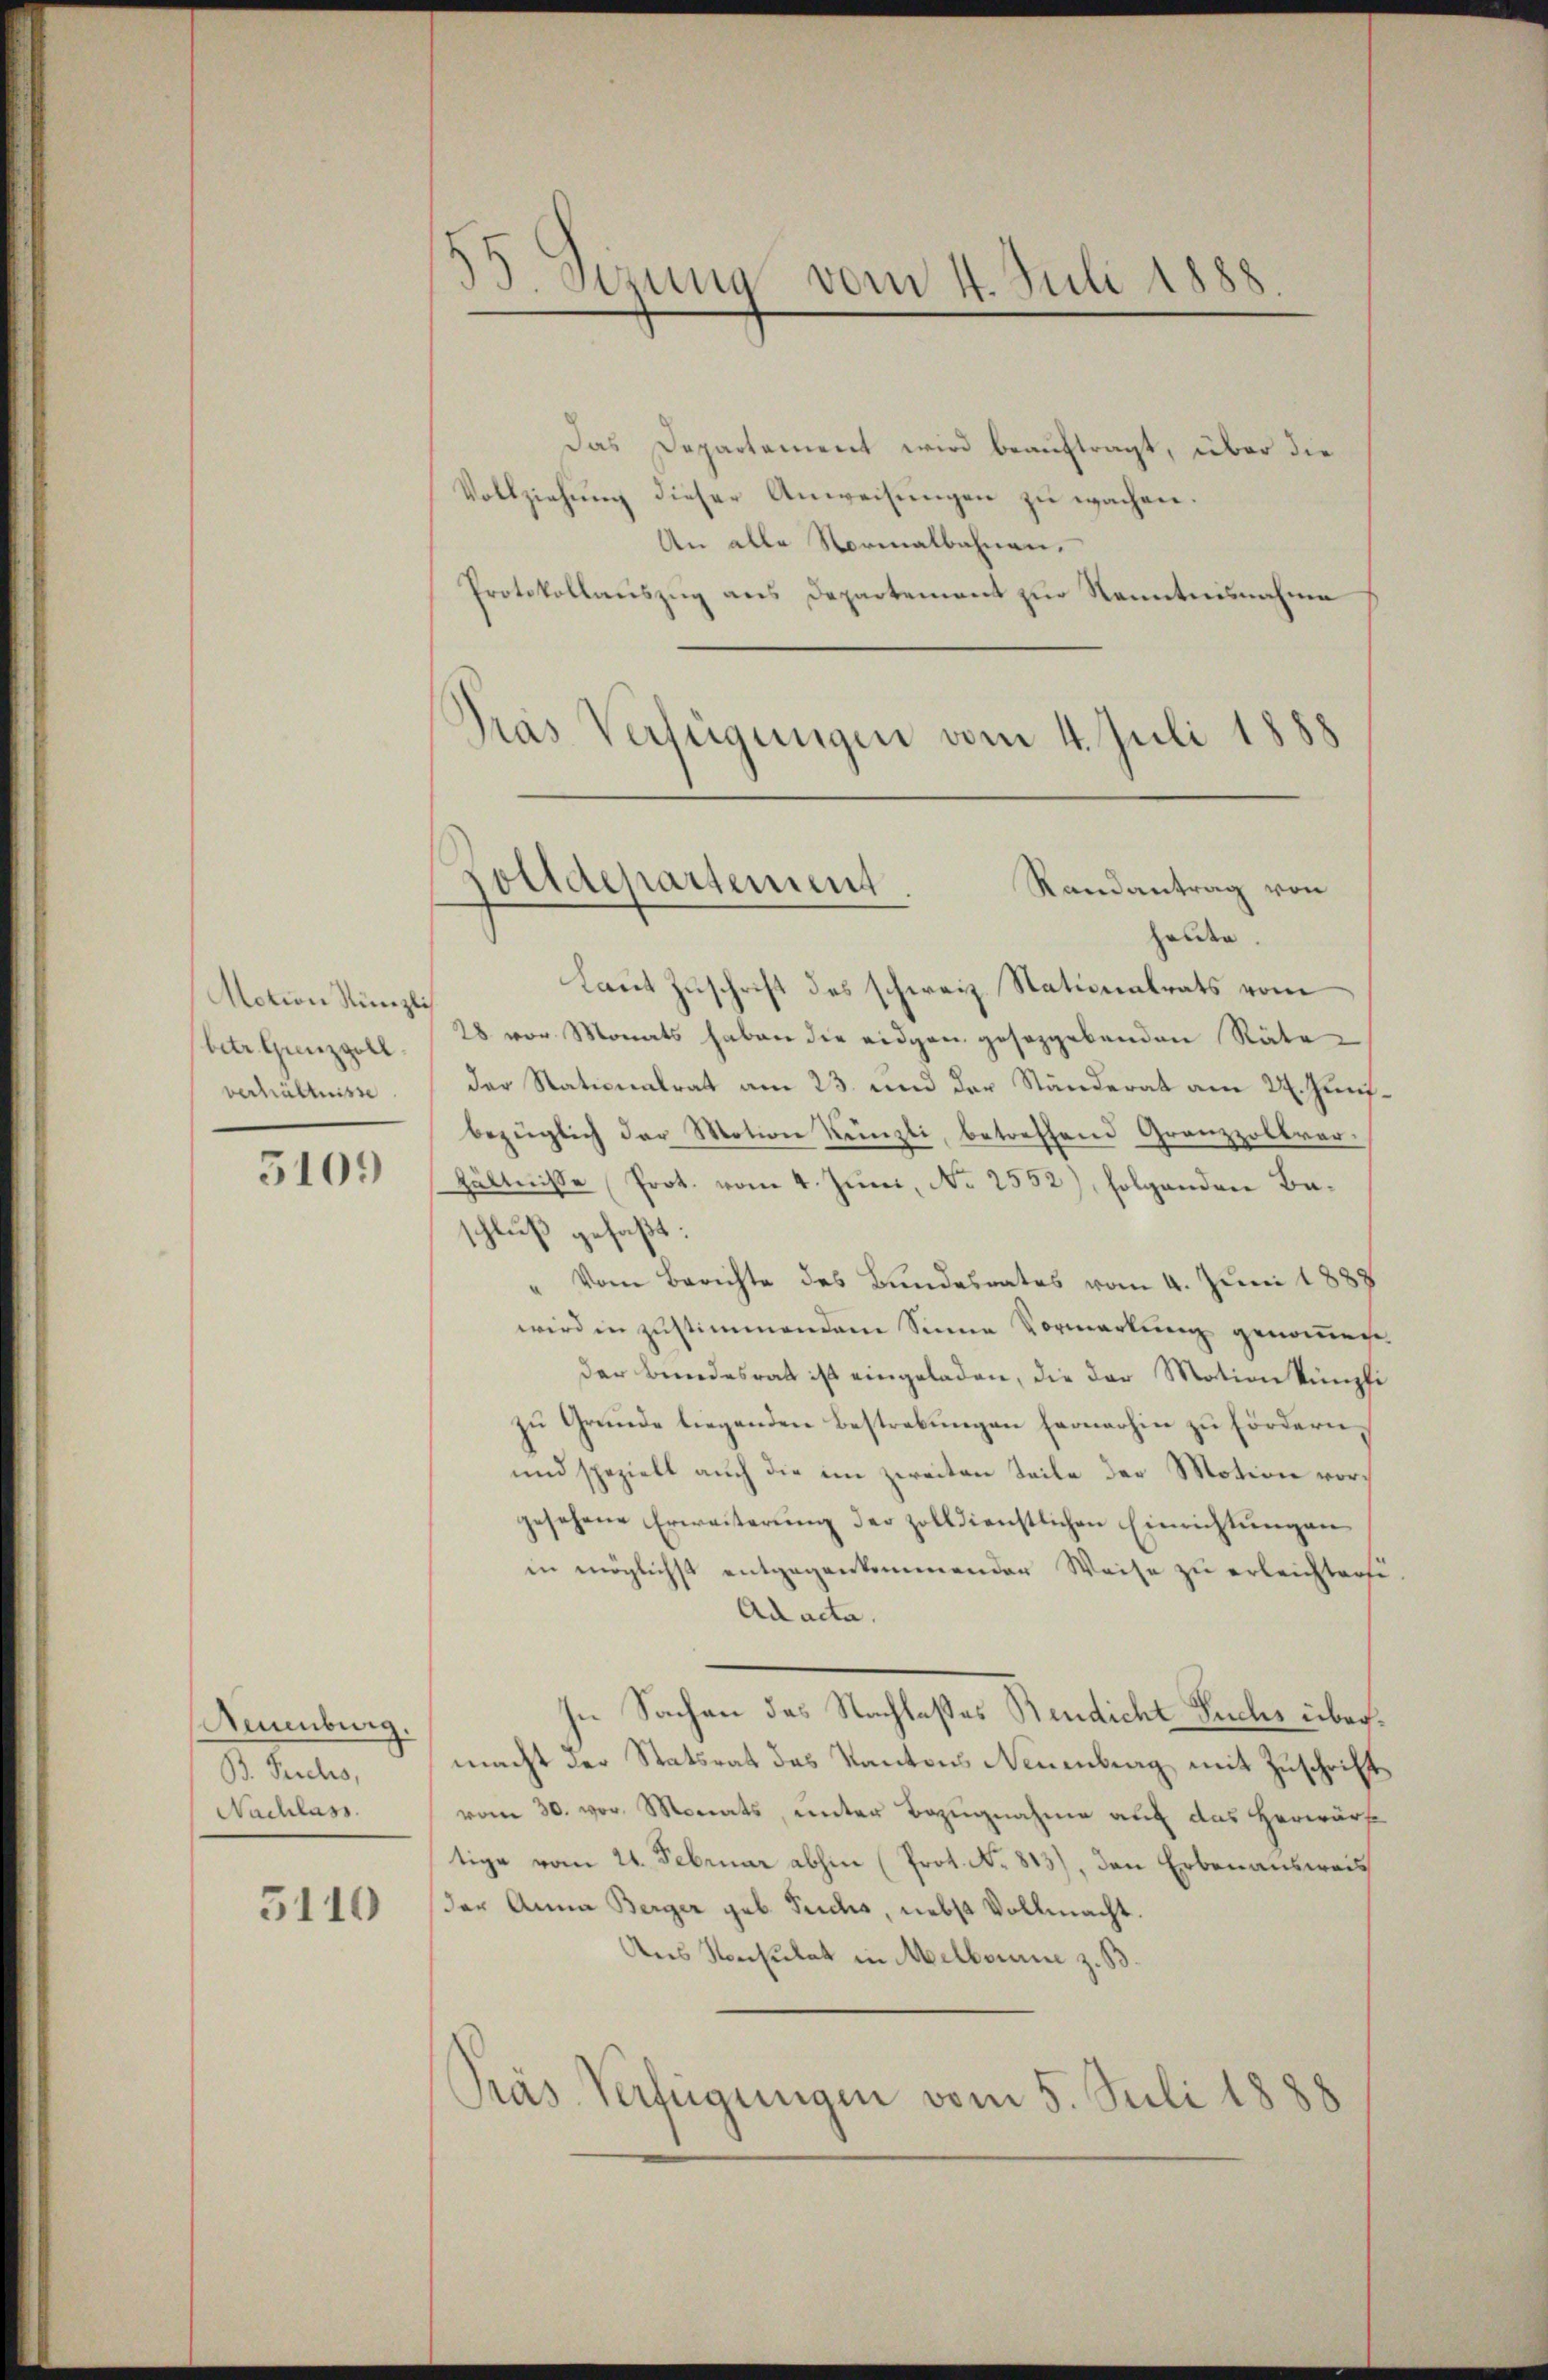
Motion Künzli
betr. Gunzgoll.
verhältnisse

510.

Neuenburg.
B. Fruchs,
Nachlass.

5110

35 Sizung vom 4. Juli 1888.

das Departement wird beauftragt, über die
Vollziehung dieser Anweisungen zu wachen.
An alle Normalbahnen.
Protokollaŭszŭg ans Departement zŭr Kenntnisnahme
Laut Zuschrift des schweiz. Stationalrats vom
28 vor Monats haben die eidgen geseggebenden Räte
der Nationalrat am 23. und der Ständerat am 24. Junibezüglich der Motion Künzli, betreffend Grenzzollrar-
hältnisse Prot. vom 4. Juni, No 2552), folgenden Baschluß gefaßt:
Vom Berichte des Bundesrates vom 4. Juni 1887
wird in zustimmendem Sinne Vormerkung genommen.
der Bundesrath ist eingeladen, die der Motion künpfi
zu Grunde liegenden Bestrebungen hernerhin zu fördern
und spezielt auch die im zweiten Teile der Motion vorgesehene Erweiterung der zolldienstlichen Einrichtungen
in möglichst entgegenkommender Weise zu erleichten
Ad acta.
In Sachen des Nachlaßes Bendicht Fuchs übermacht der Statsrat des Kantons Neuenburg mit Zuschrift
vom 30. vor. Monats, unter Bezugnahme auf das Herwürfe
tige vom 21. Februar abhin (Prot. No. 813), den Erbenausweis
der Anna Berger geb. Teichs, nebst Vollmacht
Aus Konsulat in Melborn z. B.
Pras Verfügungen vom 5. Juli 1888

Pras Verfügungen vom 4. Juli 1888
Zolldepartement
Randantrag von
Gelden.